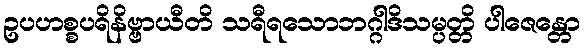
ဥပဟစ္စပရိနိဗ္ဗာယီတိ သရီရသောဘဂ္ဂါဒိသမ္ပတ္တိ ပါဇေန္တော